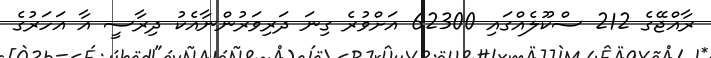
ރާއްޖޭގެ 212 ސްކޫލެއްގައި 62300 އަށްވުރެ ގިނަ ދަރިވަރުންނާއެކު ދިރާސީ އާ އަހަރުގެ